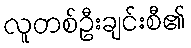
လူတစ်ဦးချင်းစီ၏